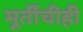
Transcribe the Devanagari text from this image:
मूर्तीचीही